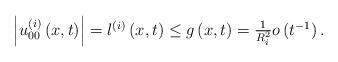
LaTeX: \begin{align*}\begin{array}{l}\left \vert u_{00}^{\left( i\right) }\left( x,t\right) \right \vert=l^{\left( i\right) }\left( x,t\right) \leq g\left( x,t\right) =\frac{1}{R_{i}^{2}}o\left( t^{-1}\right) .\end{array}\end{align*}